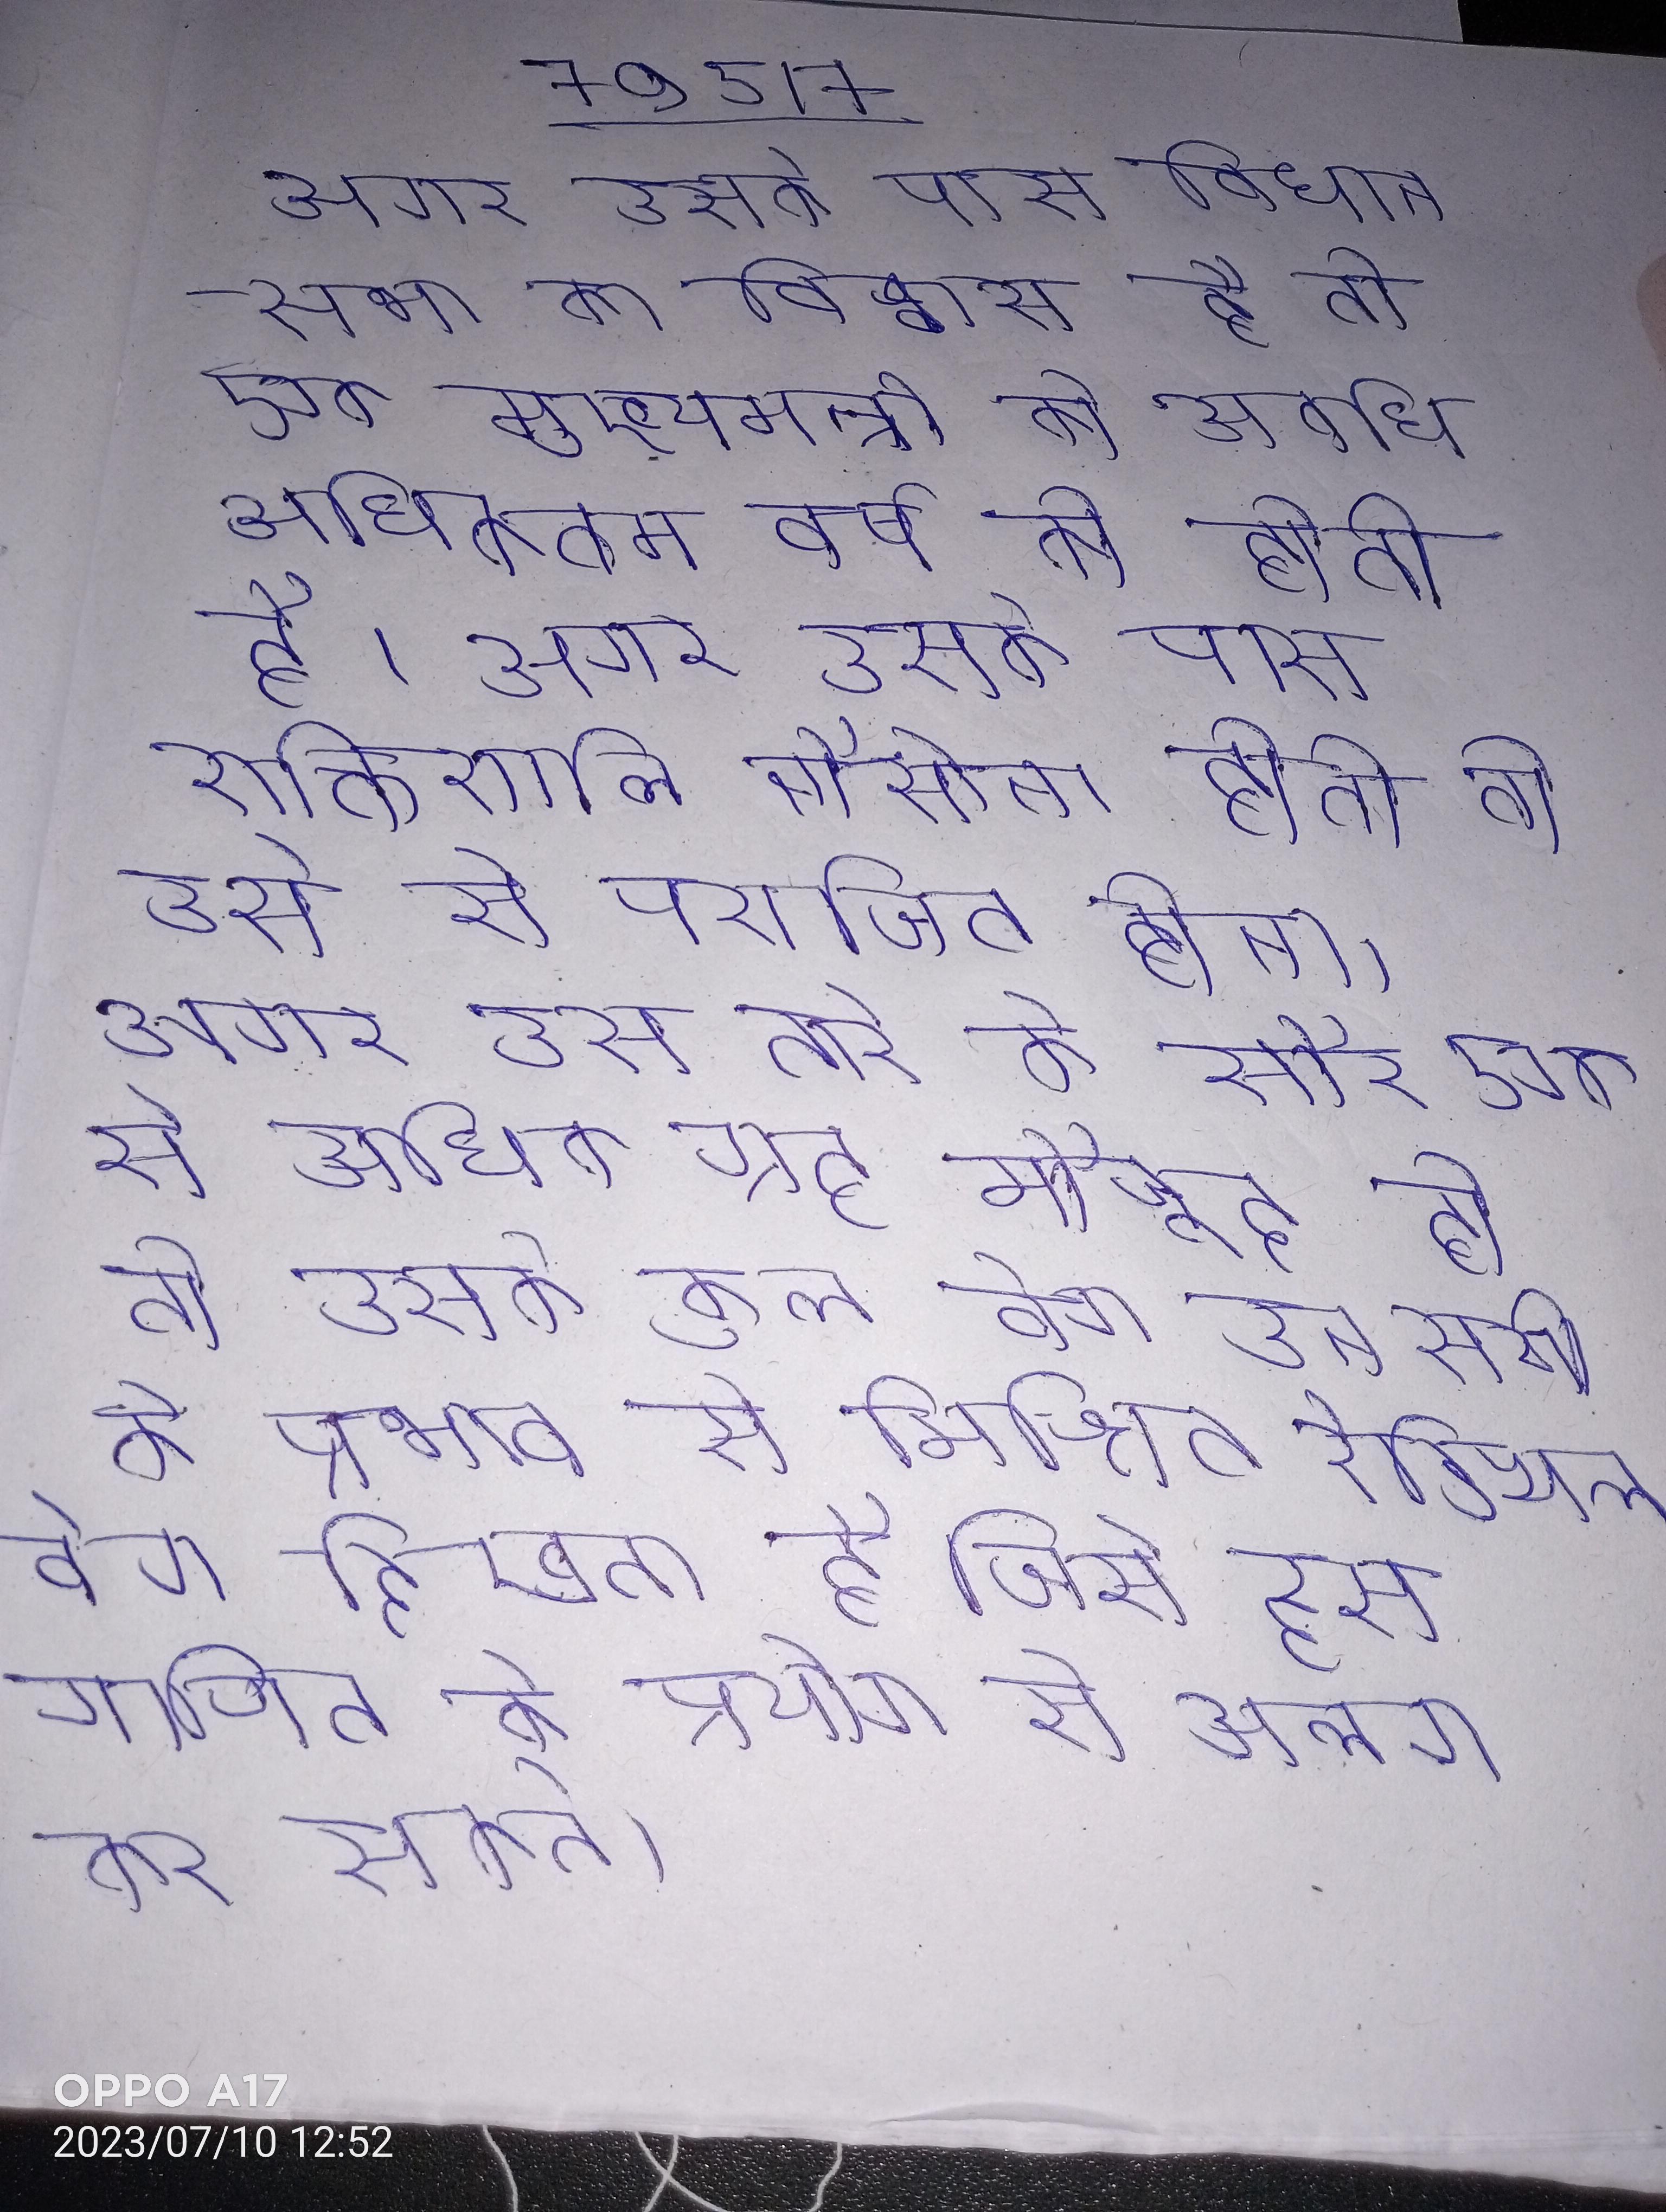
अगर उसके पास विधानसभा का विश्वास है तो एक मुख्यमन्त्री की अवधि अधिकतम वर्ष की होती है । अगर उसके पास शक्तिशाली नौसेना होती तो उसे से पराजित होना । अगर उस तारे के सौर एक से अधिक ग्रह मौजूद हो तो उसके कुल वेग उन सभी के प्रभाव से मिश्रित रेडियल वेग दिखता है जिसे हम गणित के प्रयोग से अलग कर सकते ।